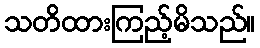
သတိထားကြည့်မိသည်။